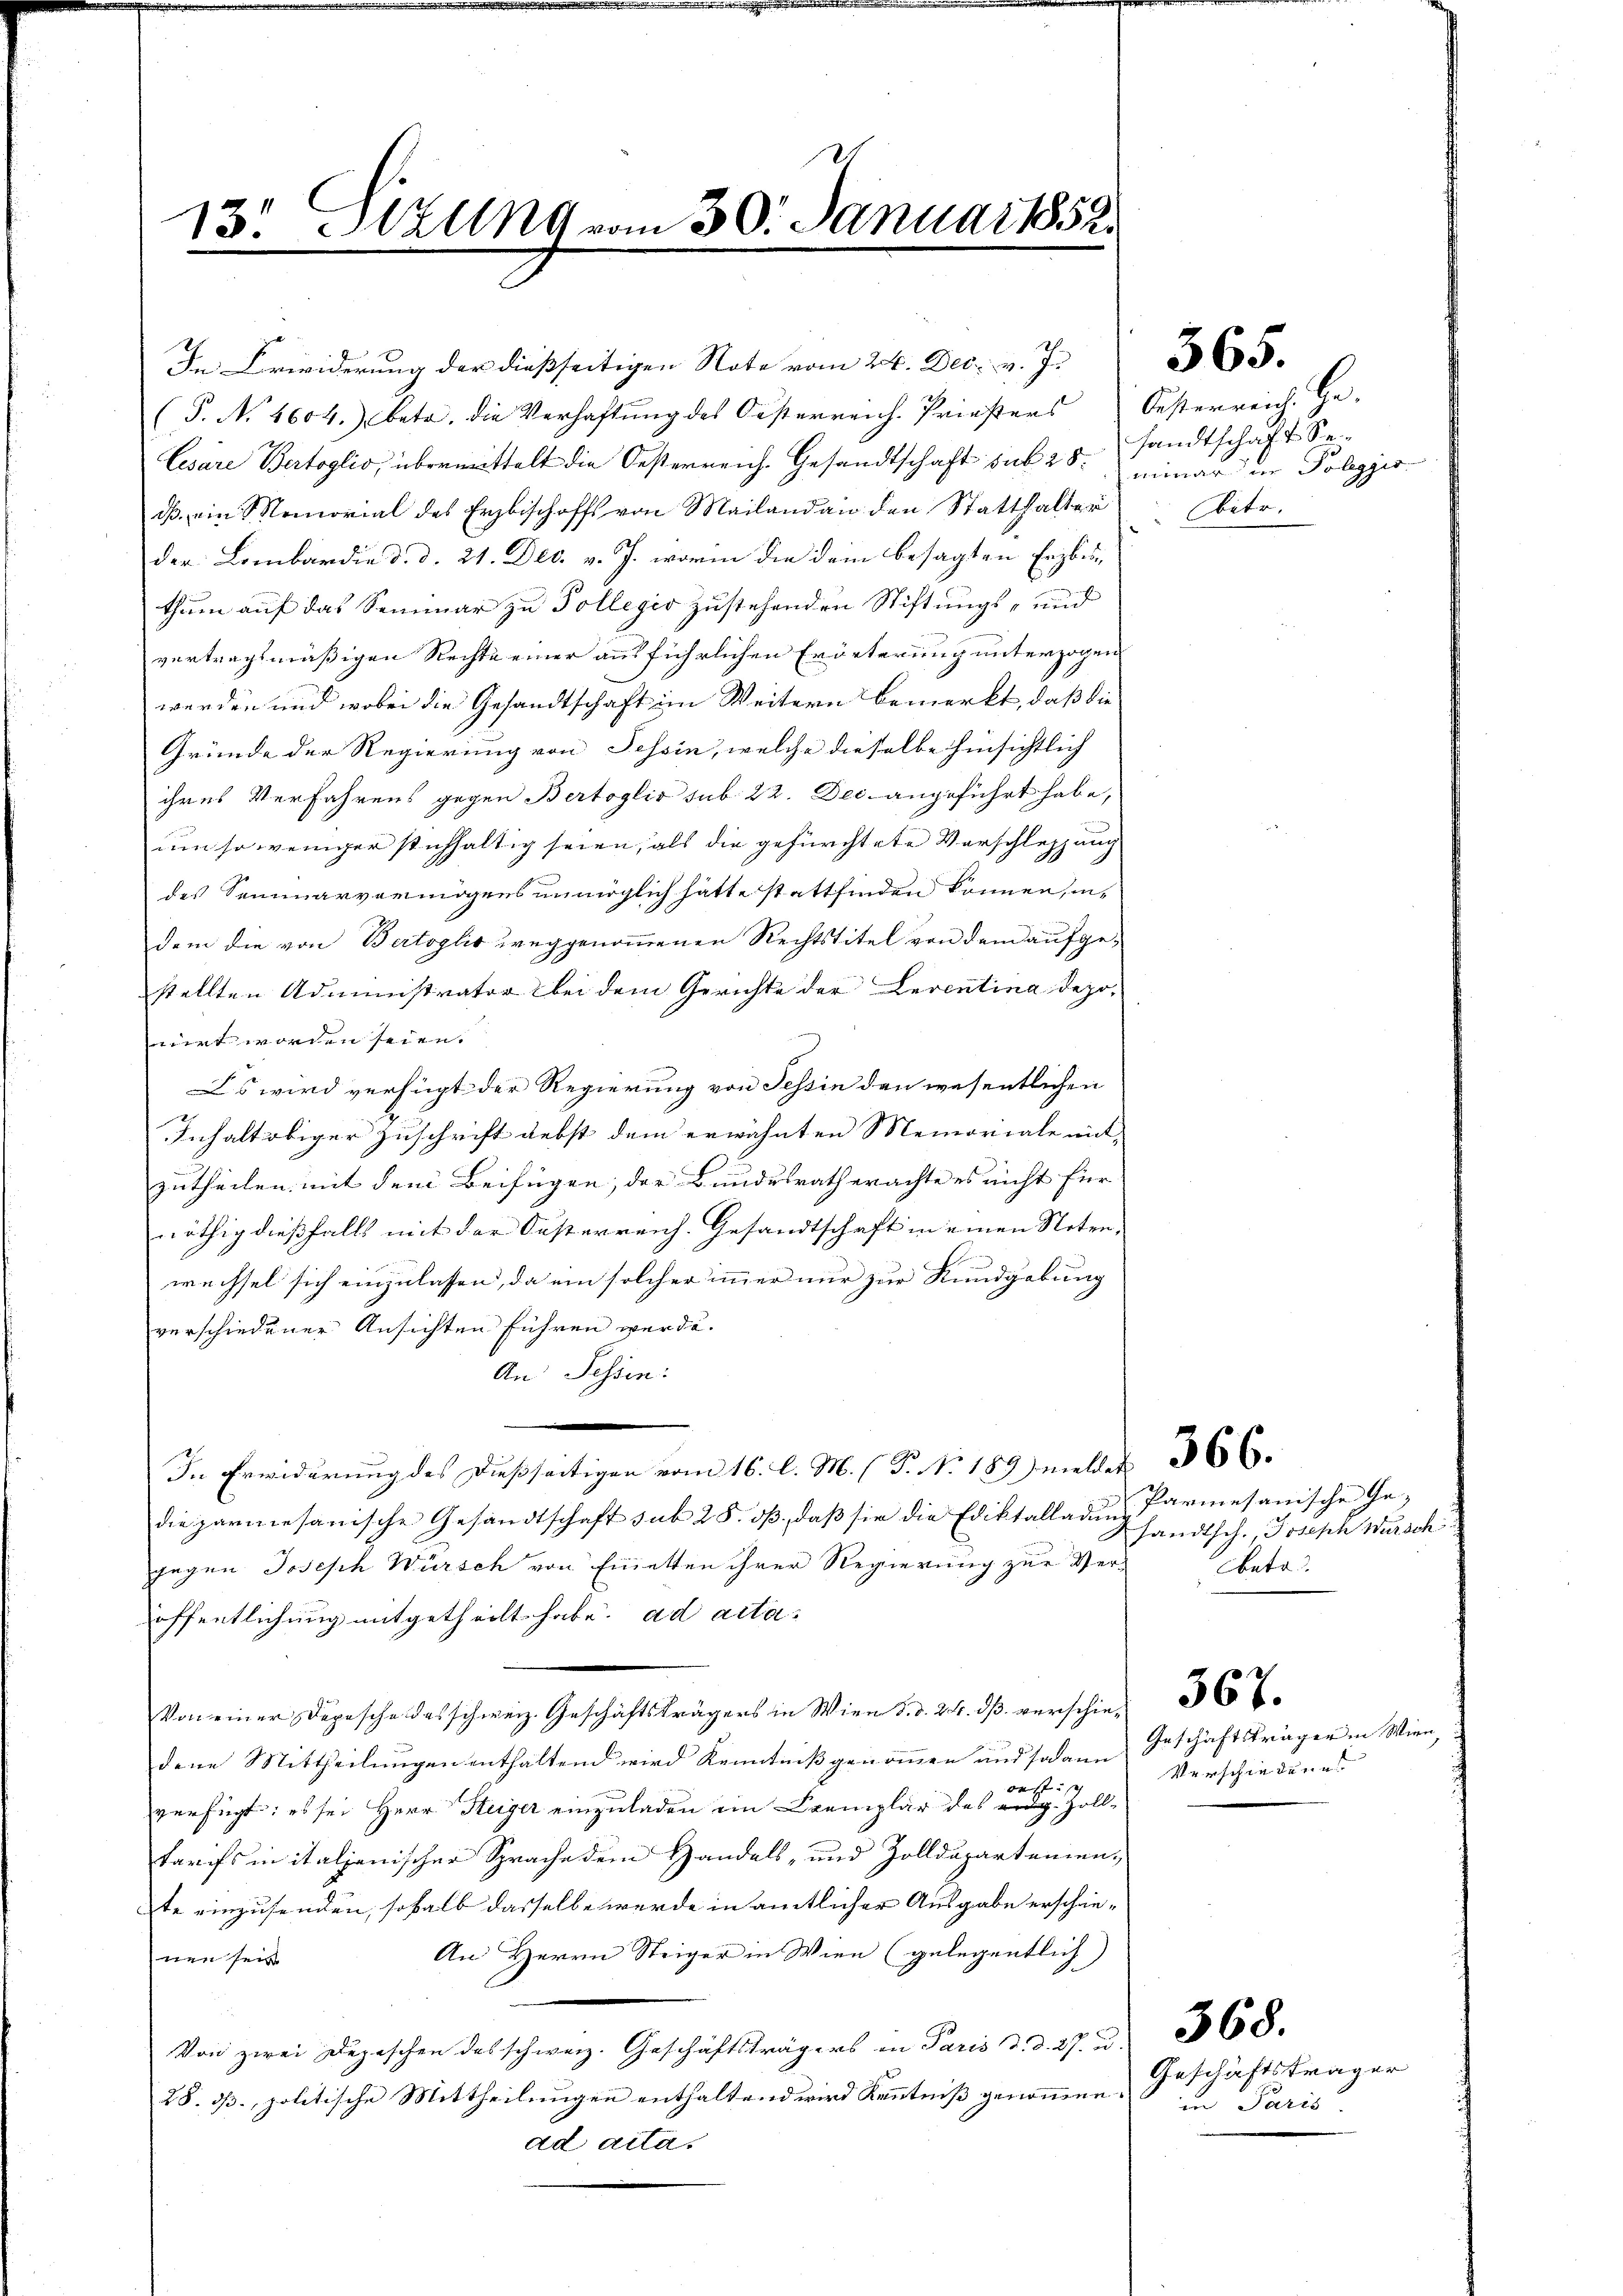
13. Malg vom 30. Januar 1852.

ds. ein Memorial des Erzbischoffs von Mailand an den Statthalter
der Lombardia d. d. 21. Dec. v. J. worin die dein besagten Erzbisthum auf das Seminar zu Tollegio zustehenden Stiftungs- und
vertragsmäßigen Rechte einer ausführlichen Erörterung unterzogen
werden und wobei die Gesandtschaft im Weitern bemerkt, daß die
Gründe der Regierung von Tessin, welche dieselbe hinsichtlich
ihres Verfahrens gegen Bertoglio sub 22. Dec. angeführt habe,
um so weniger stichhaltig seien, als die gefürchtete Vorschleppung
des Seminarvermögens unmöglich hätte stattfinden können, in-
dem die von Bertoglio weggenommenen Rechtstitel von dem aufgestellten Administrator bei dem Gerichte der Leventina depoirt worden seien.
Es wird verfügt der Regierung von Tessin den wesentlichen
Inhalt obiger Zuschrift nebst dem erwähnten Memoriale mit
zutheilen mit dem Beifügen, der Bundesrath erachte es nicht für
nöthig dießfalls mit der Oesterreich. Gesandtschaft in einen Noten,
wechsel sich einzulassen, da ein solcher immer nur zur Rundgebung
verschiedener Ansichten führen werde.
An Fessen:
In Erwiderung des dießseitigen vom 16. l. M. P. Nr. 1896.
die parmesanische Gesandtschaft sub 28. dβ, daβ sie die Ediktalladung
gegen Joseph Würsch von Einetten ihrer Regierung zur Versato
öffentlichung mitgetheilt habe. ad acta
.
dene Mittheilungen enthaltend wird Kenntniß genommen und sodann
dest sch
verfügt: es sei Herr Steiger einzuladen ein Exemplar des eidg. Zolltarifs in italienischer Sprache dem Handels- und Zolldepartemen-
te einzusenden, sohalb dasselbe werde in amtlicher Ausgabe erschie¬
An Herrn Steiger in Wien (gelegentlich)
nen seit
Von zwei Depeschen des schweiz. Geschäftsträgers in Paris d. d. 27. u.
28. ds., politische Mittheilungen enthaltend wird Kenntniß genommen.
ad acta.

In Erwiderung der dießseitigen Note vom 26. Dec. v. J.
(P. Nr. 1604. betr. die Verhaftŭng des Oesterreich. Priesters Oesterreich. Ge-
Cesare Bertoglio, übermittelt die Oesterreich. Gesandtschaft sub 25. minar in Poleggis

sandtschaft Se
betr.

565.

Parmesanische Ge-
sandtsch. Joseph Würsch

Geschäftsträger in Wien,
Verschiedenes

Geschäftsträger
in Paris

368.